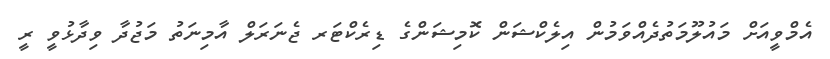
އެމްވީއަށް މައުލޫމަތުދެއްވަމުން އިލެކްޝަން ކޮމިޝަންގެ ޑިރެކްޓަރ ޖެނަރަލް އާމިނަތު މަޖުދާ ވިދާޅުވީ ރީ